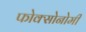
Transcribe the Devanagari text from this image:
फोक्सोनोमी